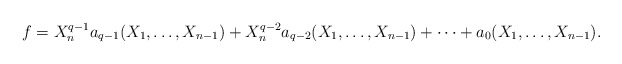
\begin{align*}f=X_n^{q-1}a_{q-1}(X_1,\dots,X_{n-1})+X_n^{q-2}a_{q-2}(X_1,\dots,X_{n-1})+\cdots+a_{0}(X_1,\dots,X_{n-1}).\end{align*}